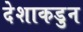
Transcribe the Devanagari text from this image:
देशाकडुन